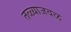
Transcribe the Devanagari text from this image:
तळ्याजवळ